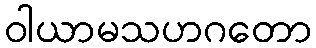
ဝါယာမသဟဂတော